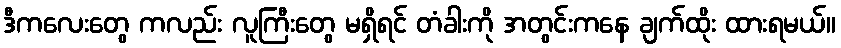
ဒီကလေးတွေ ကလည်း လူကြီးတွေ မရှိရင် တံခါးကို အတွင်းကနေ ချက်ထိုး ထားရမယ်။